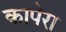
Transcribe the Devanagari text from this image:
कापेरा